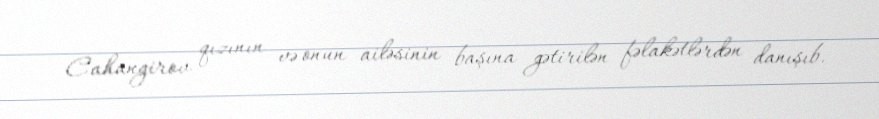
Cahangirov qızının və onun ailəsinin başına gətirilən fəlakətlərdən danışıb.